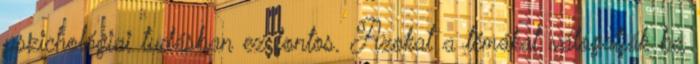
pszichológiai tudásban ez fontos. Azokat a témákat válogatják be,